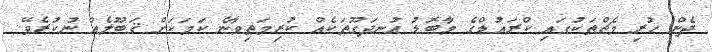
ދެން ހުރި މެޗްތަކުގައި ކްރައުޑްގެ މާބޮޑު އުނދަގޫތަކެއް ކުރިމަތިވާނެ ކަމަކަށް ޤަބޫލެއް ނުކުރެވޭ.